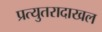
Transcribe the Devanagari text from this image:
प्रत्युतरादाखल